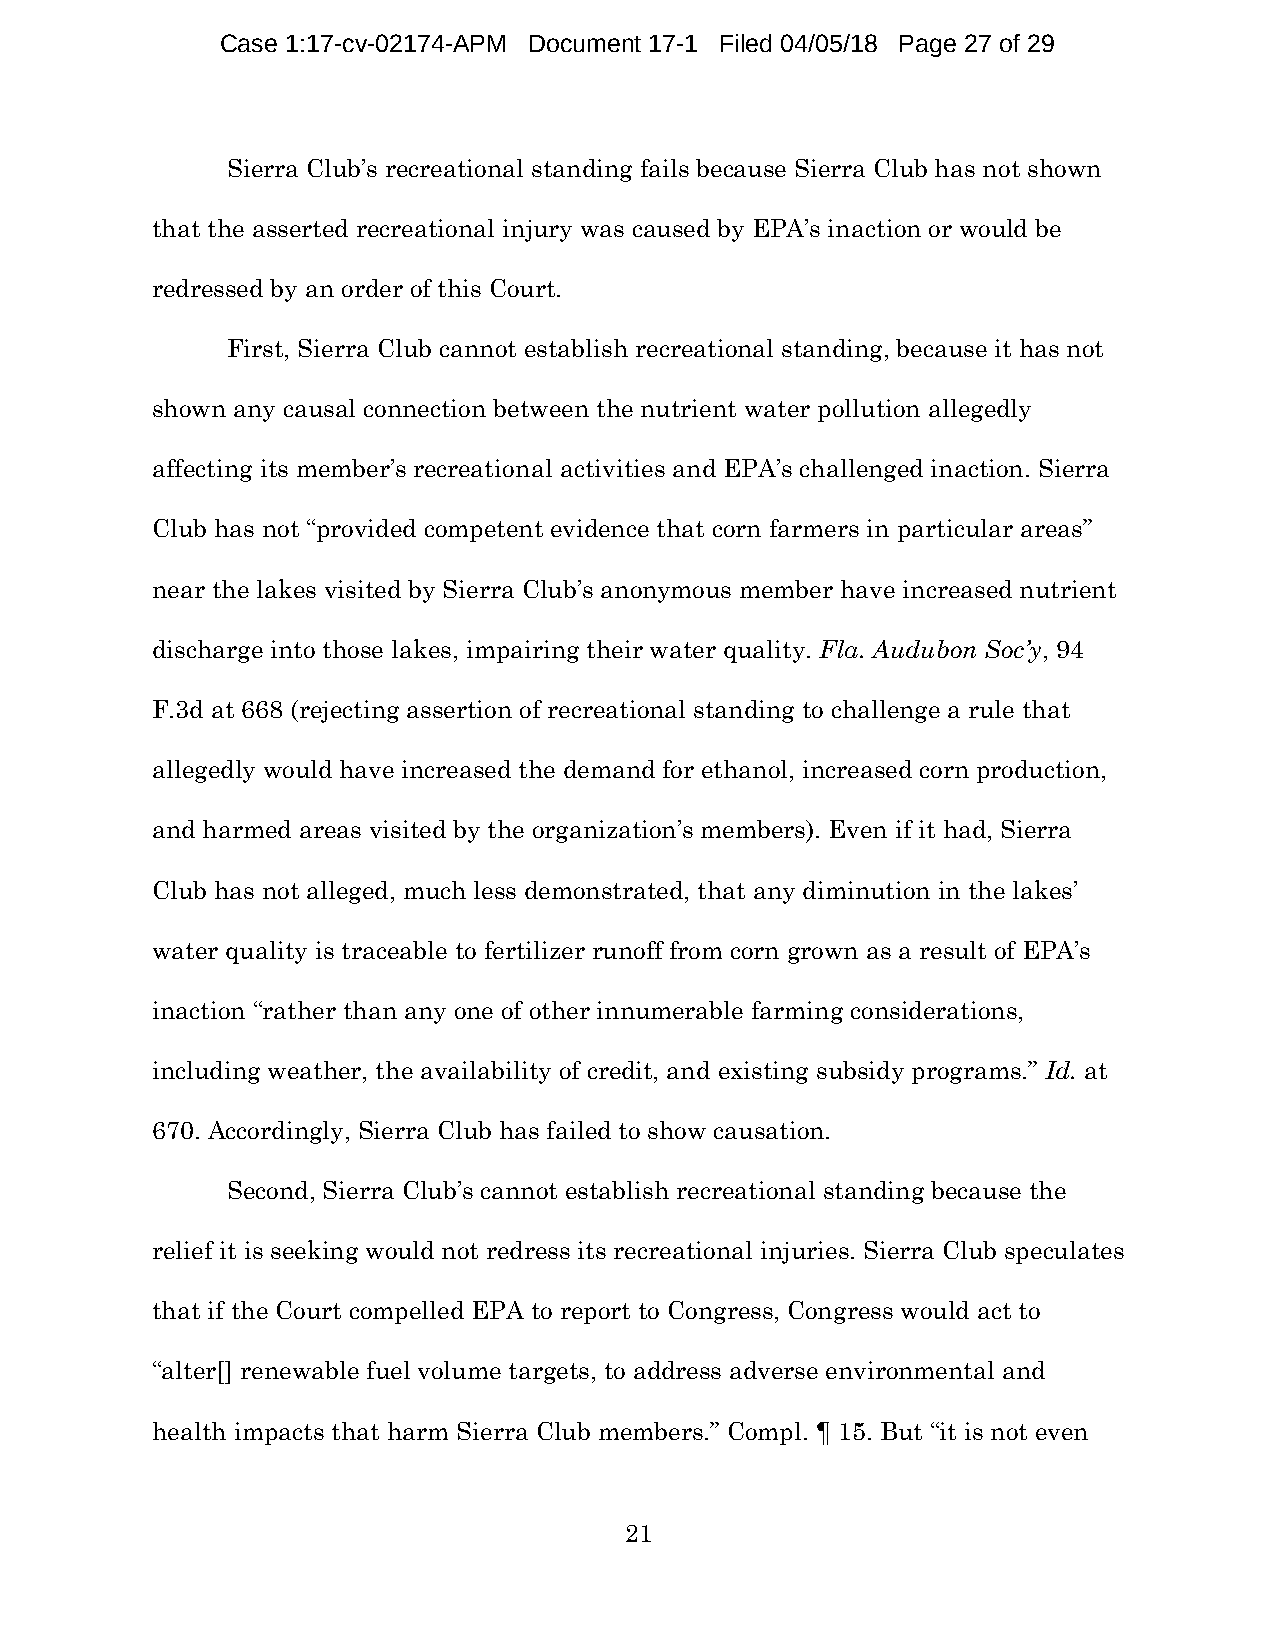
Case 1:17-cv-02174-APM Document 17-1 Filed 04/05/18 Page 27 of 29
 Sierra Club’s recreational standing fails because Sierra Club has not shown
 that the asserted recreational injury was caused by EPA’s inaction or would be
 redressed by an order of this Court.
 First, Sierra Club cannot establish recreational standing, because it has not
 shown any causal connection between the nutrient water pollution allegedly
 affecting its member’s recreational activities and EPA’s challenged inaction. Sierra
 Club has not “provided competent evidence that corn farmers in particular areas”
 near the lakes visited by Sierra Club’s anonymous member have increased nutrient
 discharge into those lakes, impairing their water quality. Fla. Audubon Soc’y, 94
 F.3d at 668 (rejecting assertion of recreational standing to challenge a rule that
 allegedly would have increased the demand for ethanol, increased corn production,
 and harmed areas visited by the organization’s members). Even if it had, Sierra
 Club has not alleged, much less demonstrated, that any diminution in the lakes’
 water quality is traceable to fertilizer runoff from corn grown as a result of EPA’s
 inaction “rather than any one of other innumerable farming considerations,
 including weather, the availability of credit, and existing subsidy programs.” Id. at
 670. Accordingly, Sierra Club has failed to show causation.
 Second, Sierra Club’s cannot establish recreational standing because the
 relief it is seeking would not redress its recreational injuries. Sierra Club speculates
 that if the Court compelled EPA to report to Congress, Congress would act to
 “alter[] renewable fuel volume targets, to address adverse environmental and
 health impacts that harm Sierra Club members.” Compl. ¶ 15. But “it is not even
 21